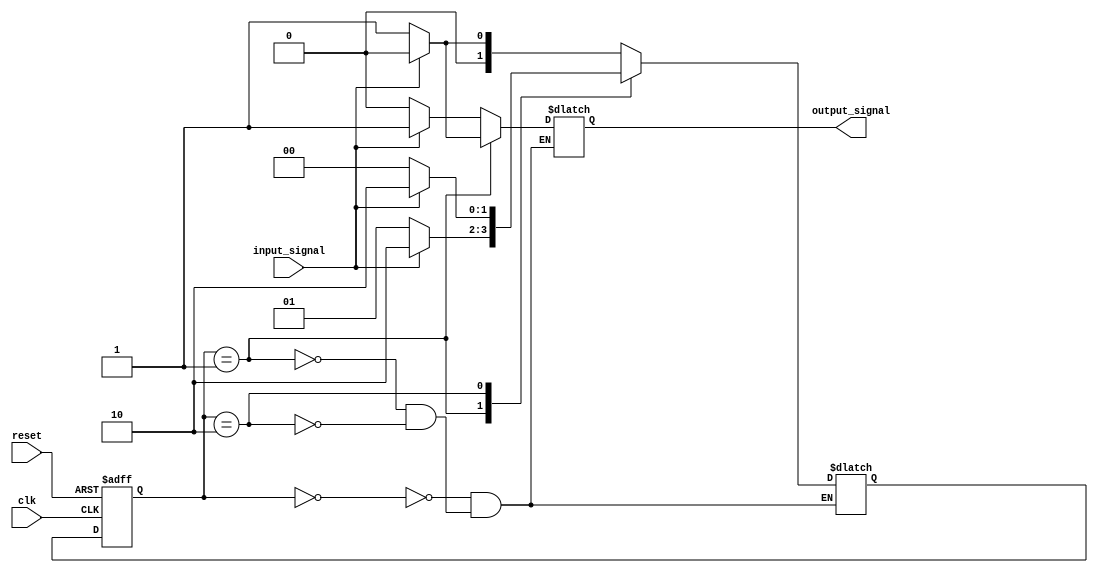
module mealy_state_machine_with_wait_states (
    input clk,
    input reset,
    input input_signal,
    output reg output_signal
);

// State definitions
parameter S0 = 2'b00;
parameter S1 = 2'b01;
parameter S2 = 2'b10;

// State register
reg [1:0] current_state, next_state;

always @(posedge clk or posedge reset) begin
    if (reset) begin
        current_state <= S0;
    end else begin
        current_state <= next_state;
    end
end

// Output logic
always @(*) begin
    case (current_state)
        S0: begin
            if (input_signal == 1'b0) begin
                next_state = S1;
                output_signal = 0; // Output based on current state
            end else begin
                next_state = S0;
                output_signal = 1; // Output based on current state
            end
        end
        S1: begin
            if (input_signal == 1'b1) begin
                next_state = S2;
                output_signal = 0; // Output based on current state
            end else begin
                next_state = S1;
                output_signal = 1; // Output based on current state
            end
        end
        S2: begin
            if (input_signal == 1'b0) begin
                next_state = S0;
                output_signal = 0; // Output based on current state
            end else begin
                next_state = S2;
                output_signal = 1; // Output based on current state
            end
        end
    endcase
end

endmodule